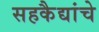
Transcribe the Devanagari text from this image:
सहकैद्यांचे